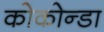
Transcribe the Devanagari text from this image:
कोकोन्डा